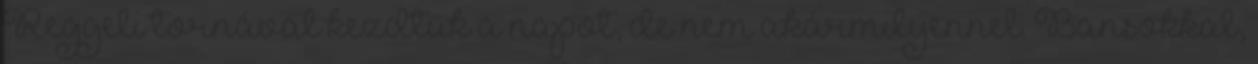
Reggeli tornával kezdtük a napot, de nem akármilyennel. Bansokkal,